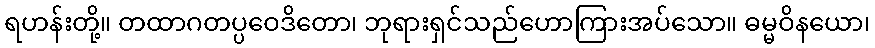
ရဟန်းတို့။ တထာဂတပ္ပဝေဒိတော၊ ဘုရားရှင်သည်ဟောကြားအပ်သော။ ဓမ္မဝိနယော၊